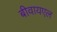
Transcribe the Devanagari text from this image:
बीवायएल